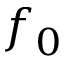
f _ { 0 }